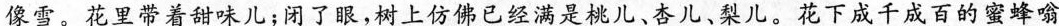
像雪。花里带着甜味儿；闭了眼，树上仿佛已经满是桃儿、杏儿、梨儿。花下成千成百的蜜蜂嗡